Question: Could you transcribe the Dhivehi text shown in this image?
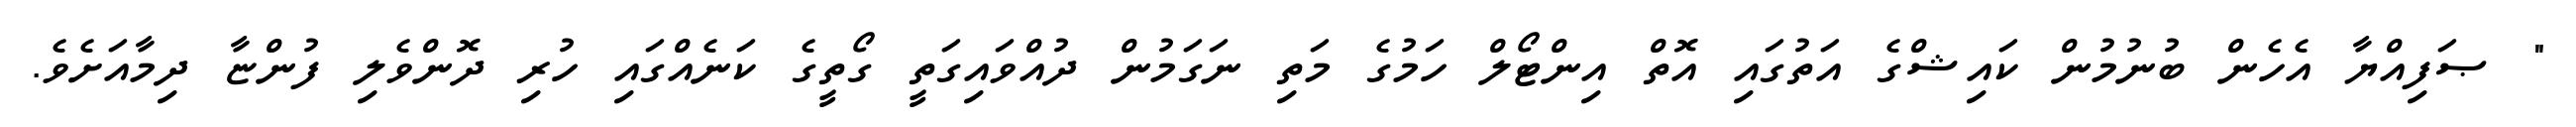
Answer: " ޞަފިއްޔާ އެހެން ބުނުމުން ކައިޝްގެ އަތުގައި އޮތް އިންޓޯލް ހަމުގެ މަތި ނަގަމުން ދުއްވައިގަތީ ގޯތީގެ ކަނެއްގައި ހުރި ދޮންވެލި ފުންޏާ ދިމާއަށެވެ.